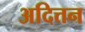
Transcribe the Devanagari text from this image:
अदित्तन